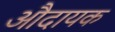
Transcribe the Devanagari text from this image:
औदायक